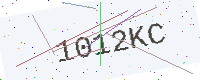
Text: 1012KC